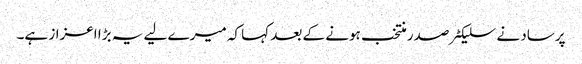
پرساد نے سلیکٹر صدر منتخب ہونے کے بعد کہا کہ میرے لیے یہ بڑا اعزاز ہے۔